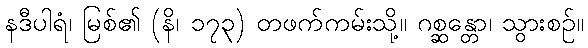
နဒီပါရံ၊ မြစ်၏ (နိ၊ ၁၇၃) တဖက်ကမ်းသို့။ ဂစ္ဆန္တော၊ သွားစဉ်။